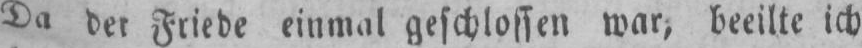
Da der Friede einmal geschlossen war, beeilte ich